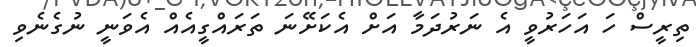
ތިރީސް ހަ އަހަރުވީ އެ ނަރުދަމާ އަށް އެކަށޭނަ ތަރައްގީއެއް އެވަނީ ނުގެނެވި